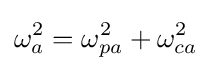
\omega _{a}^{2}=\omega _{pa}^{2}+\omega _{ca}^{2}